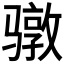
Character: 𮪥